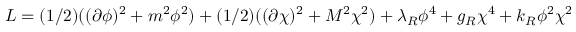
L = ( 1 / 2 ) ( ( \partial \phi ) ^ { 2 } + m ^ { 2 } \phi ^ { 2 } ) + ( 1 / 2 ) ( ( \partial \chi ) ^ { 2 } + M ^ { 2 } \chi ^ { 2 } ) + \lambda _ { R } \phi ^ { 4 } + g _ { R } \chi ^ { 4 } + k _ { R } \phi ^ { 2 } \chi ^ { 2 }